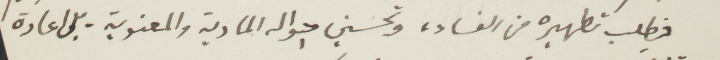
فطلب تطهيره من الفساد، وتحسين احاوله المادية والمعنوية، بل اعادة